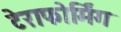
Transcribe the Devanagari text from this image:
टेराफोर्मिंग